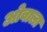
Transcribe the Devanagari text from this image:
ओवाला